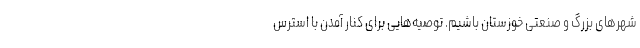
شهرهای بزرگ و صنعتی خوزستان باشیم. توصیه‌هایی برای کنار آمدن با استرس